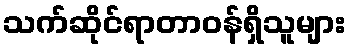
သက်ဆိုင်ရာတာဝန်ရှိသူများ